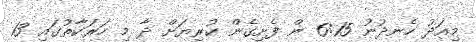
މިއަދު ހެނދުނު 6:15 ން ފެށިގެން ކުރިޔަށް ދާ މި ހަރަކާތުގައި 13